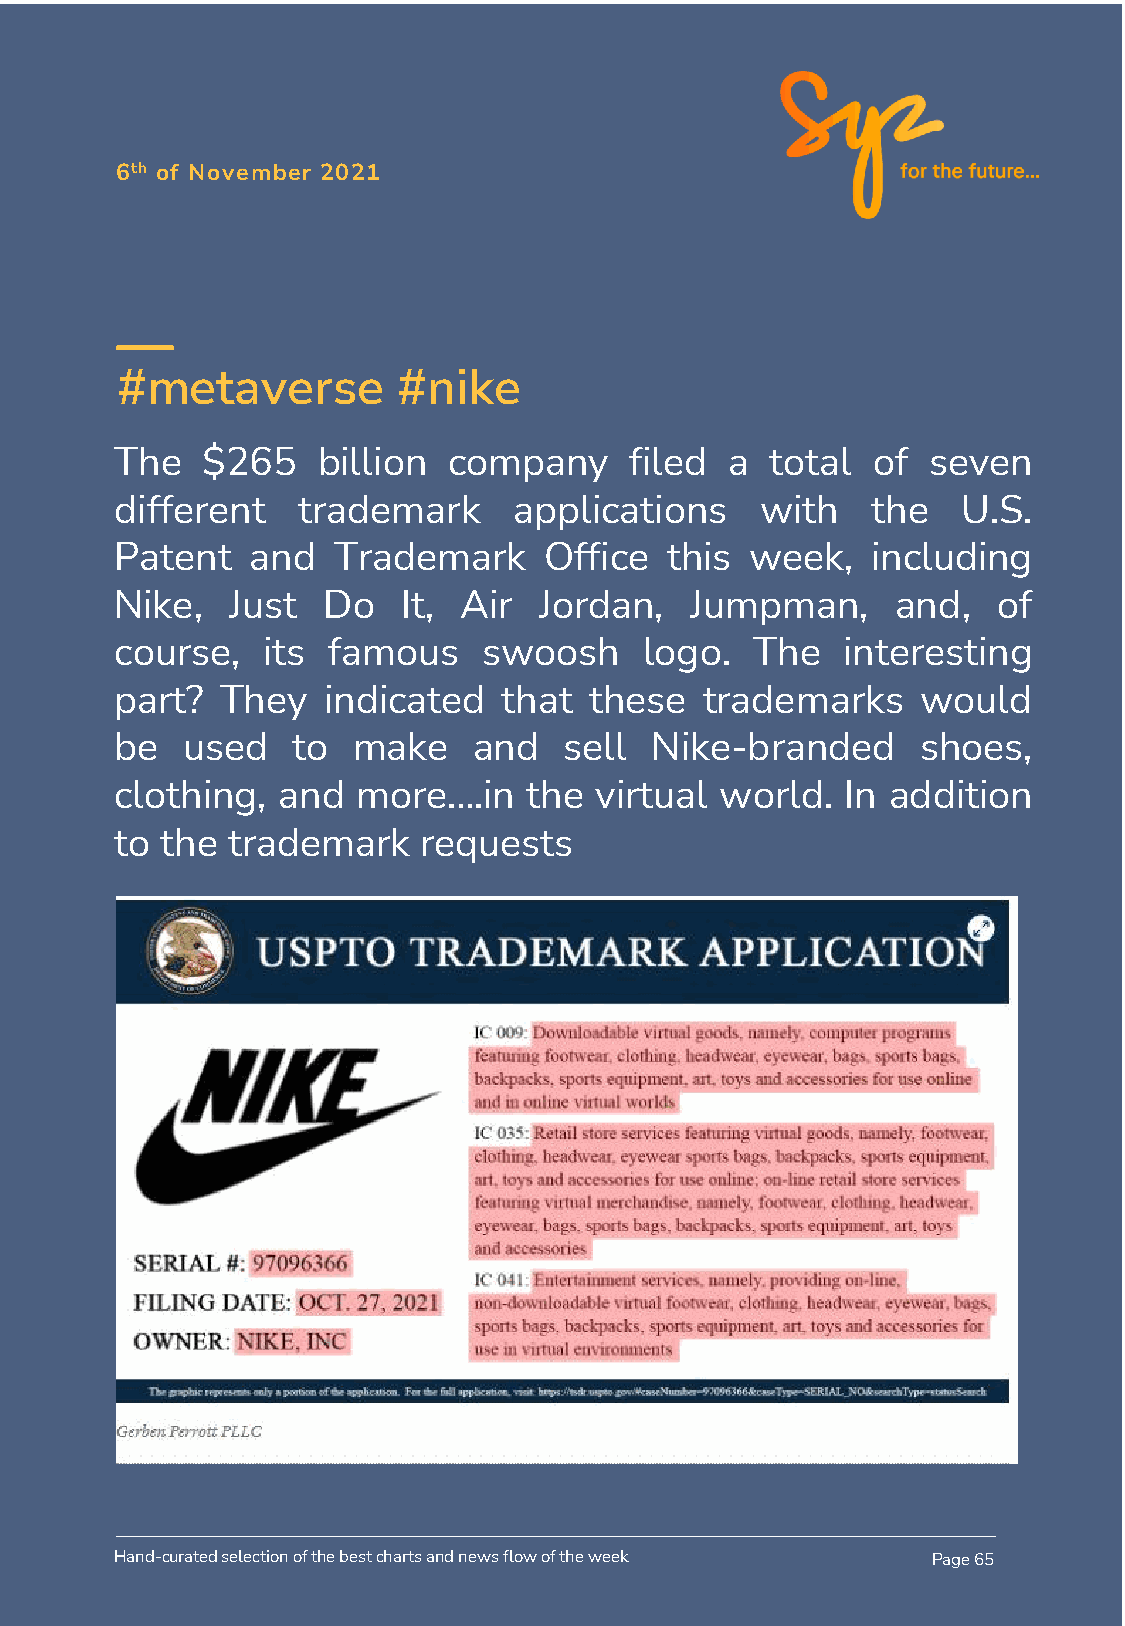
6th of November 2021
 #metaverse        #nike
 The  $265    billion  company     filed a  total  of seven
 different   trademark     applications    with    the   U.S.
 Patent  and   Trademark     Office  this  week,   including
 Nike,  Just  Do    It, Air  Jordan,   Jumpman,     and,   of
 course,  its  famous    swoosh     logo.  The   interesting
 part?  They  indicated   that  these   trademarks    would
 be  used   to  make    and   sell  Nike-branded      shoes,
 clothing, and   more….in   the virtual  world.  In addition
 to the trademark    requests
 Hand-curated selection of the best charts and news flow of the week Page 65